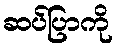
ဆပ်ပြာကို